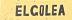
elgolea